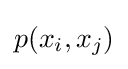
p(x_{i},x_{j})